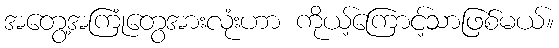
အတွေ့အကြုံတွေအားလုံးဟာ ကိုယ့်ကြောင့်သာဖြစ်မယ်။